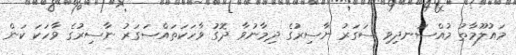
މައުލޫމާތު މުއްސަނދިވި ސަގަރު ނާސިރުގެ ދިމާނުވާ ދޮގު ވާހަކަތައްސަގަރު ނާސިރުގެ ވާހަކަ ކަން